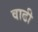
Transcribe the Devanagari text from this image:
वाढी